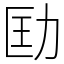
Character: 劻